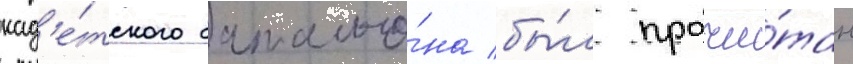
кад'е́тского батальо́на бы́л прочи́тан